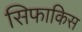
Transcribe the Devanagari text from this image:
सिफाकिस